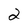
Character: 2